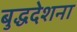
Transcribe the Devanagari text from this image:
बुद्धदेशना